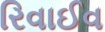
રિવાઈવ